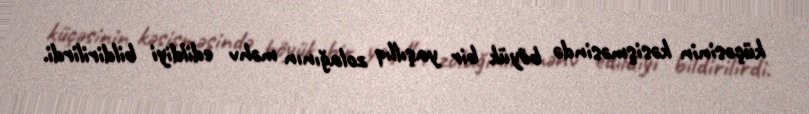
küçəsinin kəsişməsində böyük bir yaşıllıq zolağının məhv edildiyi bildirilirdi.